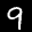
Label: 9